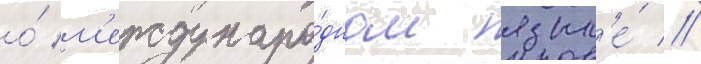
о́ м'еждунаро́дном язык'е́ //